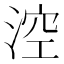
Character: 涳